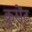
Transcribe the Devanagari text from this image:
क्रूसेंट